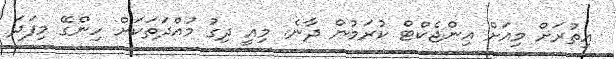
އިތުރަށް މިއަށް އިންޖެކްޓް ކުރަމުން ދާނެ. މިއީ ދިގު މުއްދަތަކަށް ހިންގޭ މިފަދަ